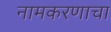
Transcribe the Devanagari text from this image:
नामकरणाचा